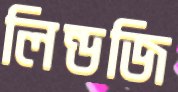
লিন্ডজি